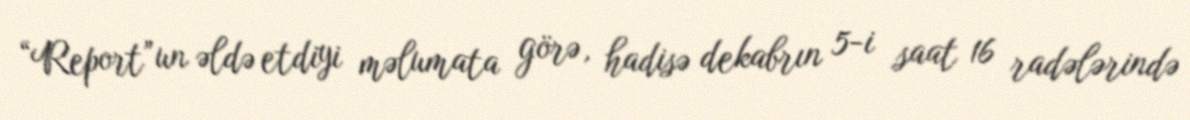
“Report”un əldə etdiyi məlumata görə, hadisə dekabrın 5-i saat 16 radələrində